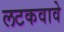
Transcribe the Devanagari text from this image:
लटकवावे